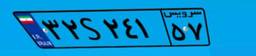
۰۱S۵۰۸۵۵